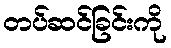
တပ်ဆင်ခြင်းကို